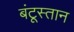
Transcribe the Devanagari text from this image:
बंटूस्तान